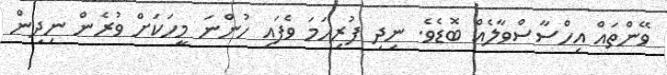
ވޭންތައް އިހްސާސްވާލެއް ބޮޑެވެ. ނިދި ފުރިހަމަ ވެފައި ހުންނަ މީހަކަށް ވުރެން ނިދިން